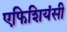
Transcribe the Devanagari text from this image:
एफिशियंसी